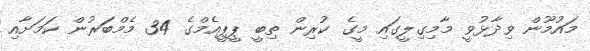
މައުމޫން ވިދާޅުވީ މާމިގިލީގައި މީގެ ކުރިން ތިބީ ޕީޕީއެމްގެ 34 މެމްބަރުން ކަމަށާއި